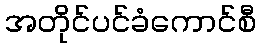
အတိုင်ပင်ခံကောင်စီ